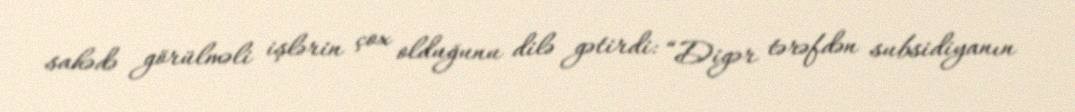
sahədə görülməli işlərin çox olduğunu dilə gətirdi: “Digər tərəfdən subsidiyanın